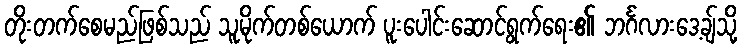
တိုးတက်စေမည်ဖြစ်သည် သူမိုက်တစ်ယောက် ပူးပေါင်းဆောင်ရွက်ရေး၏ ဘင်္ဂလားဒေ့ချ်သို့